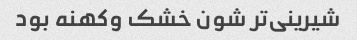
شیرینی‌تر شون خشک و‌کهنه بود